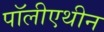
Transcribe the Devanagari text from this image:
पॉलीएथीन